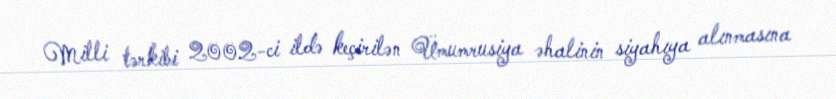
Milli tərkibi 2002-ci ildə keçirilən Ümumrusiya əhalinin siyahıya alınmasına